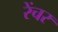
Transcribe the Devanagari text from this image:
रेंचर